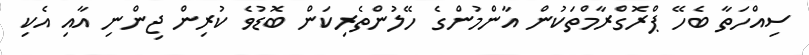
ސިއްހަތާ ބެހޭ ޕްރޮގްރާމްތަކުން އާންމުންގެ ހޭލުންތެރިކަން ބޮޑުވެ ކުރިން ޖިންނި އާއި އެކި